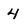
Character: 4